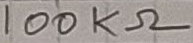
Text: 100KΩ